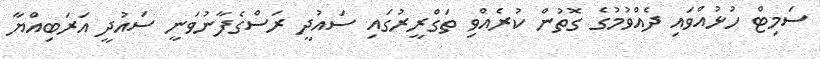
ސަމިޓް ހުޅުއްވައި ދެއްވުމުގެ ގޮތުން ކުރެއްވި ތަގްރީރުގައި ސައުދީ ރަސްގެފާނުވަނީ ސައުދީ އަރަބިއްޔާ